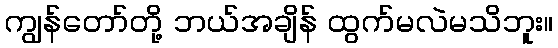
ကျွန်တော်တို့ ဘယ်အချိန် ထွက်မလဲမသိဘူး။